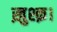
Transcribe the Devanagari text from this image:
ख़ुश्क़।